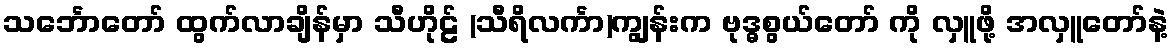
သင်္ဘောတော် ထွက်လာချိန်မှာ သီဟိုဠ် (သီရိလင်္ကာ)ကျွန်းက ဗုဒ္ဓစွယ်တော် ကို လှူဖို့ အလှူတော်နဲ့